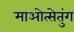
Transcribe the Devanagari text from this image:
माओत्सेतुंग